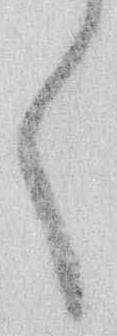
く